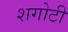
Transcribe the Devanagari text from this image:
शगोटी